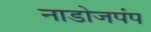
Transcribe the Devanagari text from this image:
नाडोजपंप